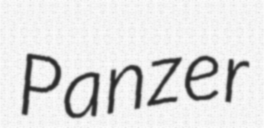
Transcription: Panzer